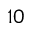
1 0